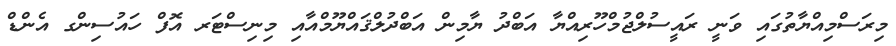
މިރަސްމިއްޔާތުގައި ވަނީ ރައީސުލްޖުމްހޫރިއްޔާ އަބްދު ޔާމިން އަބްދުލްޤައްޔޫމްއާއި މިނިސްޓަރ އޮފް ހައުސިންގ އެންޑް